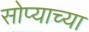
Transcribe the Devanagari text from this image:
सोप्याच्या